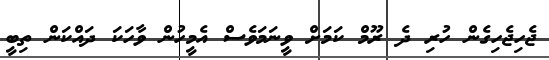
ޖެހިޖެހިގެން ހުރި ދެ ރޫމް ކަމަށް ވީނަމަވެސް އެމީހުން ވާހަކަ ދައްކަން ތިބީ